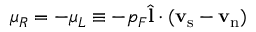
\mu _ { R } = - \mu _ { L } \equiv - p _ { F } { \hat { \bf l } } \cdot ( { \bf v } _ { \mathrm { s } } - { \bf v } _ { \mathrm { n } } )